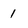
Character: 1